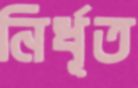
নির্ধূত